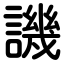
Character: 譏